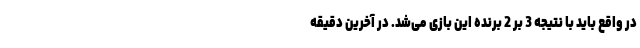
در واقع باید با نتیجه 3 بر 2 برنده این بازی می‌شد. در آخرین دقیقه